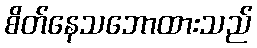
စိတ်နေသဘောထားသည်